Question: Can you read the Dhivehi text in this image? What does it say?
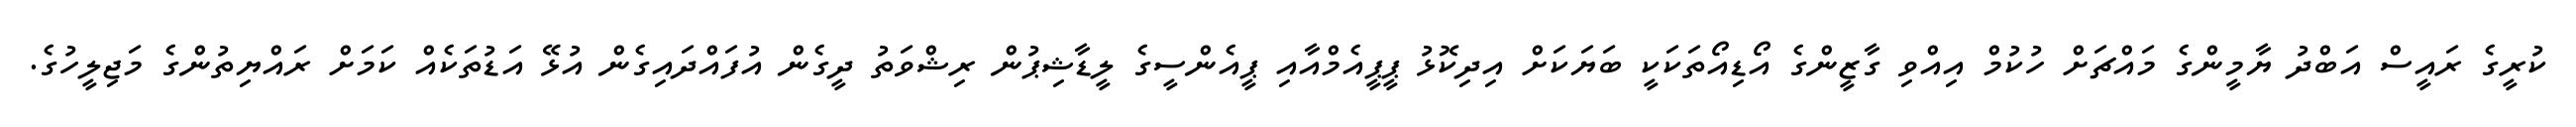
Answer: ކުރީގެ ރައީސް އަބްދު ޔާމީންގެ މައްޗަށް ހުކުމް އިއްވި ގާޒީންގެ އޯޑިއޯތަކަކީ ބަޔަކަށް އިދިކޮޅު ޕީޕީއެމްއާއި ޕީއެންސީގެ ލީޑާޝިޕުން ރިޝްވަތު ދީގެން އުފައްދައިގެން އުޅޭ އަޑުތަކެއް ކަމަށް ރައްޔިތުންގެ މަޖިލީހުގެ.